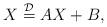
LaTeX: \begin{align*} X \stackrel{\mathcal{D}}{=} AX + B,\end{align*}